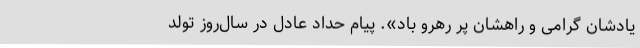
یادشان گرامی و راهشان پر رهرو باد». پیام حداد عادل در سال‌روز تولد